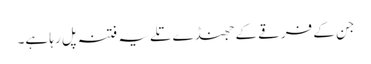
جن کے فرقے کے جھنڈے تلے یہ فتنہ پل رہا ہے۔